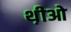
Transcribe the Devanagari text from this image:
थ़ीओ